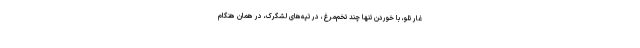
غار تلو، با خوردن تنها چند تخم‌مرغ، در تپه‌های لشگرک، در همان هنگام